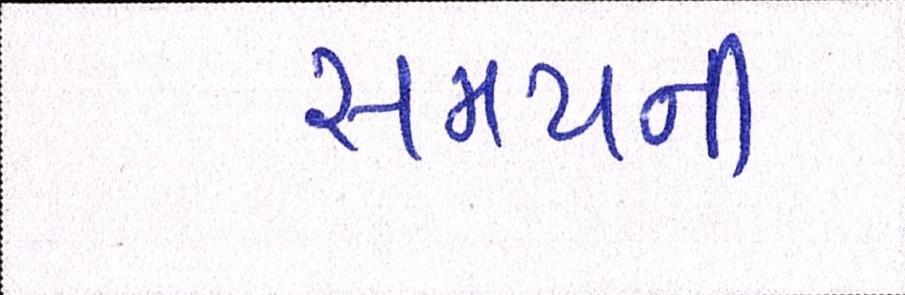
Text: સમયની